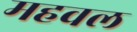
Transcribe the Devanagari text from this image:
महवल